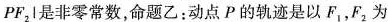
P F _ { 2 l$$是非零常数，命题乙：动点P的轨迹是以F_{1}，F_{2}为